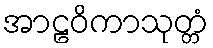
အာဠဝိကာသုတ္တံ